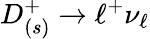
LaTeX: D_{(s)}^{+}\to\ell^{+}\nu_{\ell}